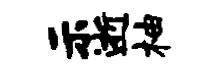
示逝柚